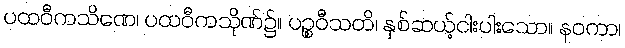
ပထဝီကသိဏေ၊ ပထဝီကသိုဏ်၌။ ပဉ္စဝီသတိ၊ နှစ်ဆယ့်ငါးပါးသော။ နဝကာ၊